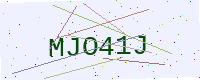
Text: MJO41J